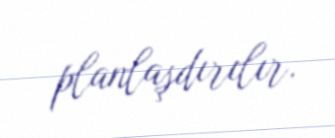
planlaşdırılır.